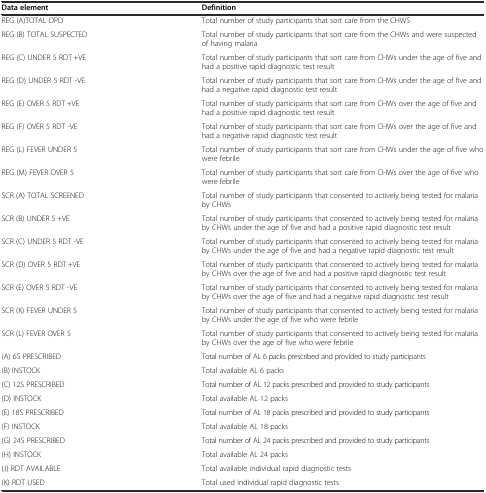
<table><thead><tr><td><b>Data element</b></td><td><b>Definition</b></td></tr></thead><tbody><tr><td>REG (A)TOTAL OPD</td><td>Total number of study participants that sort care from the CHWS</td></tr><tr><td>REG (B) TOTAL SUSPECTED</td><td>Total number of study participants that sort care from the CHWs and were suspected of having malaria</td></tr><tr><td>REG (C) UNDER 5 RDT +VE</td><td>Total number of study participants that sort care from CHWs under the age of five and had a positive rapid diagnostic test result</td></tr><tr><td>REG (D) UNDER 5 RDT -VE</td><td>Total number of study participants that sort care from CHWs under the age of five and had a negative rapid diagnostic test result</td></tr><tr><td>REG (E) OVER 5 RDT +VE</td><td>Total number of study participants that sort care from CHWs over the age of five and had a positive rapid diagnostic test result</td></tr><tr><td>REG (F) OVER 5 RDT -VE</td><td>Total number of study participants that sort care from CHWs over the age of five and had a negative rapid diagnostic test result</td></tr><tr><td>REG (L) FEVER UNDER 5</td><td>Total number of study participants that sort care from CHWs under the age of five who were febrile</td></tr><tr><td>REG (M) FEVER OVER 5</td><td>Total number of study participants that sort care from CHWs over the age of five who were febrile</td></tr><tr><td>SCR (A) TOTAL SCREENED</td><td>Total number of study participants that consented to actively being tested for malaria by CHWs</td></tr><tr><td>SCR (B) UNDER 5 +VE</td><td>Total number of study participants that consented to actively being tested for malaria by CHWs under the age of five and had a positive rapid diagnostic test result</td></tr><tr><td>SCR (C) UNDER 5 RDT -VE</td><td>Total number of study participants that consented to actively being tested for malaria by CHWs under the age of five and had a negative rapid diagnostic test result</td></tr><tr><td>SCR (D) OVER 5 RDT +VE</td><td>Total number of study participants that consented to actively being tested for malaria by CHWs over the age of five and had a positive rapid diagnostic test result</td></tr><tr><td>SCR (E) OVER 5 RDT -VE</td><td>Total number of study participants that consented to actively being tested for malaria by CHWs over the age of five and had a negative rapid diagnostic test result</td></tr><tr><td>SCR (K) FEVER UNDER 5</td><td>Total number of study participants that consented to actively being tested for malaria by CHWs under the age of five who were febrile</td></tr><tr><td>SCR (L) FEVER OVER 5</td><td>Total number of study participants that consented to actively being tested for malaria by CHWs over the age of five who were febrile</td></tr><tr><td>(A) 6S PRESCRIBED</td><td>Total number of AL 6 packs prescribed and provided to study participants</td></tr><tr><td>(B) INSTOCK</td><td>Total available AL 6 packs</td></tr><tr><td>(C) 12S PRESCRIBED</td><td>Total number of AL 12 packs prescribed and provided to study participants</td></tr><tr><td>(D) INSTOCK</td><td>Total available AL 12 packs</td></tr><tr><td>(E) 18S PRESCRIBED</td><td>Total number of AL 18 packs prescribed and provided to study participants</td></tr><tr><td>(F) INSTOCK</td><td>Total available AL 18 packs</td></tr><tr><td>(G) 24S PRESCRIBED</td><td>Total number of AL 24 packs prescribed and provided to study participants</td></tr><tr><td>(H) INSTOCK</td><td>Total available AL 24 packs</td></tr><tr><td>(J) RDT AVAILABLE</td><td>Total available individual rapid diagnostic tests</td></tr><tr><td>(K) RDT USED</td><td>Total used individual rapid diagnostic tests</td></tr></tbody></table>